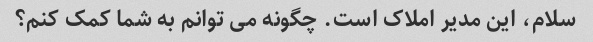
سلام، این مدیر املاک است. چگونه می توانم به شما کمک کنم؟